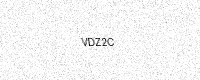
Text: VDZ2C